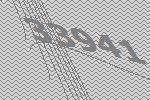
33941